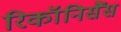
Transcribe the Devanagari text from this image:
रिकॉनिसैंस